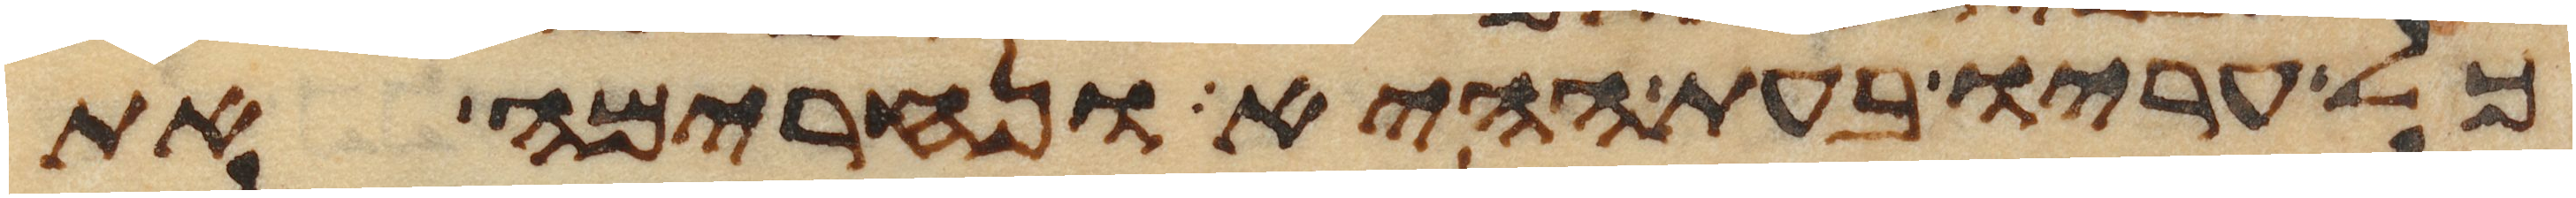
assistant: כל עריו בעת ההיא ונחרימה את